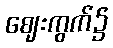
ဈေးကွက်၌